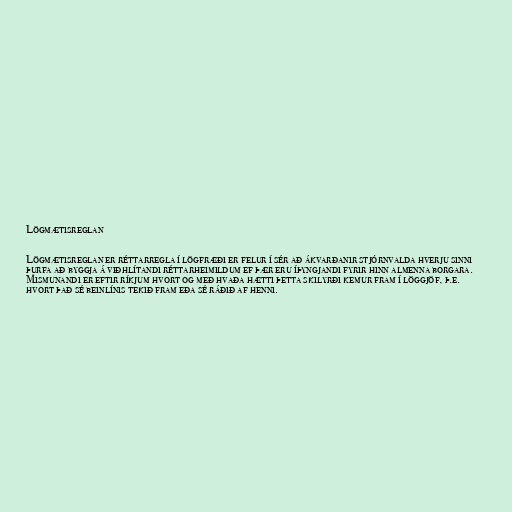
Lögmætisreglan

Lögmætisreglan er réttarregla í lögfræði er felur í sér að ákvarðanir stjórnvalda hverju sinni
þurfa að byggja á viðhlítandi réttarheimildum ef þær eru íþyngjandi fyrir hinn almenna borgara.
Mismunandi er eftir ríkjum hvort og með hvaða hætti þetta skilyrði kemur fram í löggjöf, þ.e.
hvort það sé beinlínis tekið fram eða sé ráðið af henni.